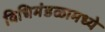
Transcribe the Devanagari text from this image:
विधिमंडळामध्‍ये